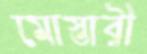
মোস্তারী